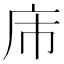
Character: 𪪌